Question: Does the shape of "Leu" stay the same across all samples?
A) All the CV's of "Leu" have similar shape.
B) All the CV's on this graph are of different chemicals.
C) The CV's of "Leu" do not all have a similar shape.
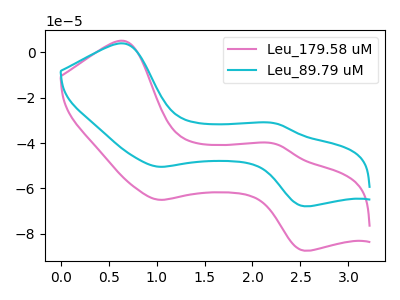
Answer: <think>The pink curve "Leu_179.58 uM" has anodic peaks at (0.65V, 5.10uA) (2.25V, -40.40uA) and cathodic peaks at (1.05V, -65.05uA) (2.55V, -87.45uA). The cyan curve "Leu_89.79 uM" has anodic peaks at (0.65V, 3.95uA) (2.25V, -31.35uA) and cathodic peaks at (1.05V, -50.45uA) (2.55V, -67.85uA).
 All the peaks in "Leu_179.58 uM" have a peak in "Leu_89.79 uM" at the same potential.</think>
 <answer>A) All the CV's of "Leu" have similar shape.</answer>
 <eval>A</eval>